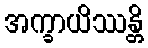
အက္ခာယိဿန္တိ